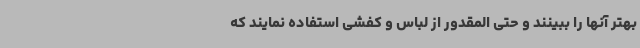
بهتر آنها را ببینند و حتی المقدور از لباس و کفشی استفاده نمایند که